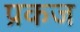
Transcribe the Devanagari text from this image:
प्रकज